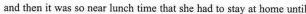
and then it was so near lunch time that she had to stay at home until